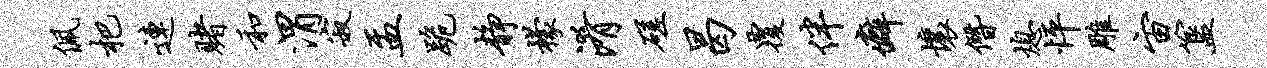
佩杷连赌和渭寂盂跪静檬淆磋曷覆伴癖壤僭熄怦雕宙簋